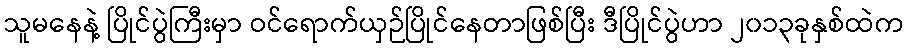
သူမနေနဲ့ ပြိုင်ပွဲကြီးမှာ ဝင်ရောက်ယှဉ်ပြိုင်နေတာဖြစ်ပြီး ဒီပြိုင်ပွဲဟာ ၂၀၁၃ခုနှစ်ထဲက